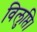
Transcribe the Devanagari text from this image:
विलुप्ति।